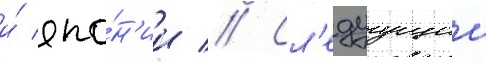
и́ япо́н'ии // Сл'едуущии